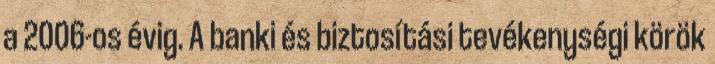
a 2006-os évig. A banki és biztosítási tevékenységi körök